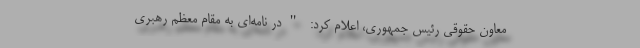
معاون حقوقی رئیس جمهوری، اعلام کرد: "در نامه‌ای به مقام معظم رهبری